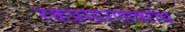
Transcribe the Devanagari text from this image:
रक्तप्रसारणावरोध